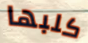
كلبها